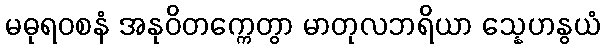
မဓုရဝစနံ အနုဝိတက္ကေတွာ မာတုလဘရိယာ သ္နေဟနွယံ